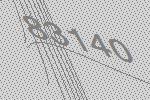
83140